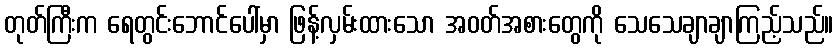
တုတ်ကြီးက ရေတွင်းဘောင်ပေါ်မှာ ဖြန့်လှမ်းထားသော အဝတ်အစားတွေကို သေသေချာချာကြည့်သည်။